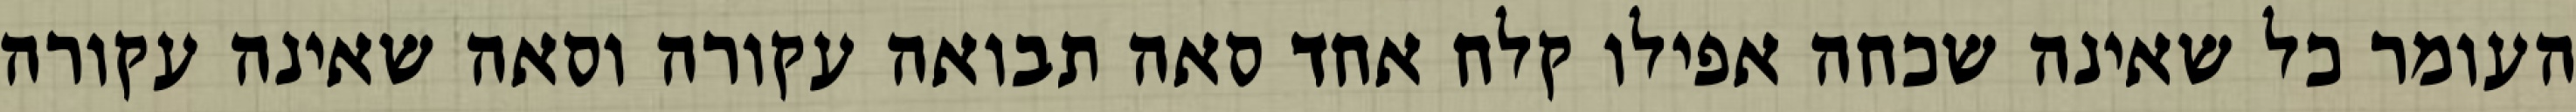
העומר כל שאינה שכחה אפילו קלח אחד סאה תבואה עקורה וסאה שאינה עקורה